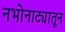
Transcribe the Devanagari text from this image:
नभोनाट्यातून